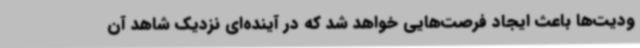
ودیت‌ها باعث ایجاد فرصت‌هایی خواهد شد که در آینده‌ای نزدیک شاهد آن